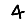
Digit: 4